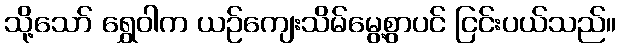
သို့သော် ရွှေဝါက ယဉ်ကျေးသိမ်မွေ့စွာပင် ငြင်းပယ်သည်။